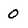
Character: O